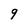
Character: 9